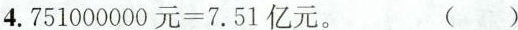
4. 751000000元=7.51亿元。 ()